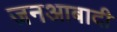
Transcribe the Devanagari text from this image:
जनआबादी